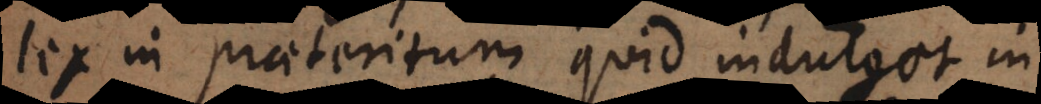
lex in praeteritum quid indulget in